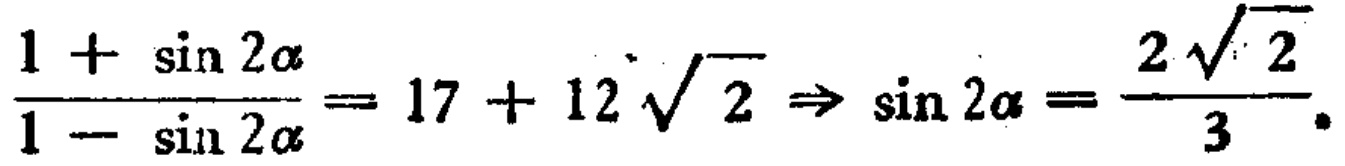
$\frac{1 + \sin 2\alpha}{1 - \sin 2\alpha}= 17 + 12\sqrt{2} \Rightarrow \sin 2\alpha = \frac{2\sqrt{2}}{3}.$